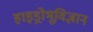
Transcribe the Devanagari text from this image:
हाइड्रोभूविज्ञान